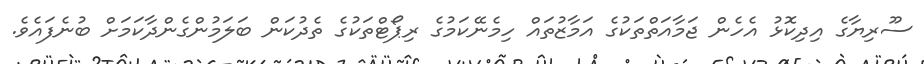
ސޫރިޔާގެ އިދިކޮޅު އެހެން ޖަމާއަތްތަކުގެ އަމާޒުތައް ހިމެނޭކަމުގެ ރިޕޯޓްތަކުގެ ތެދުކަން ބަލަމުންގެންދާކަމަށް ބުނެފައެވެ.